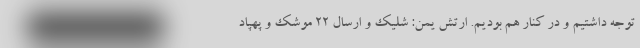
توجه داشتیم و در کنار هم بودیم. ارتش یمن: شلیک و ارسال 22 موشک و پهپاد